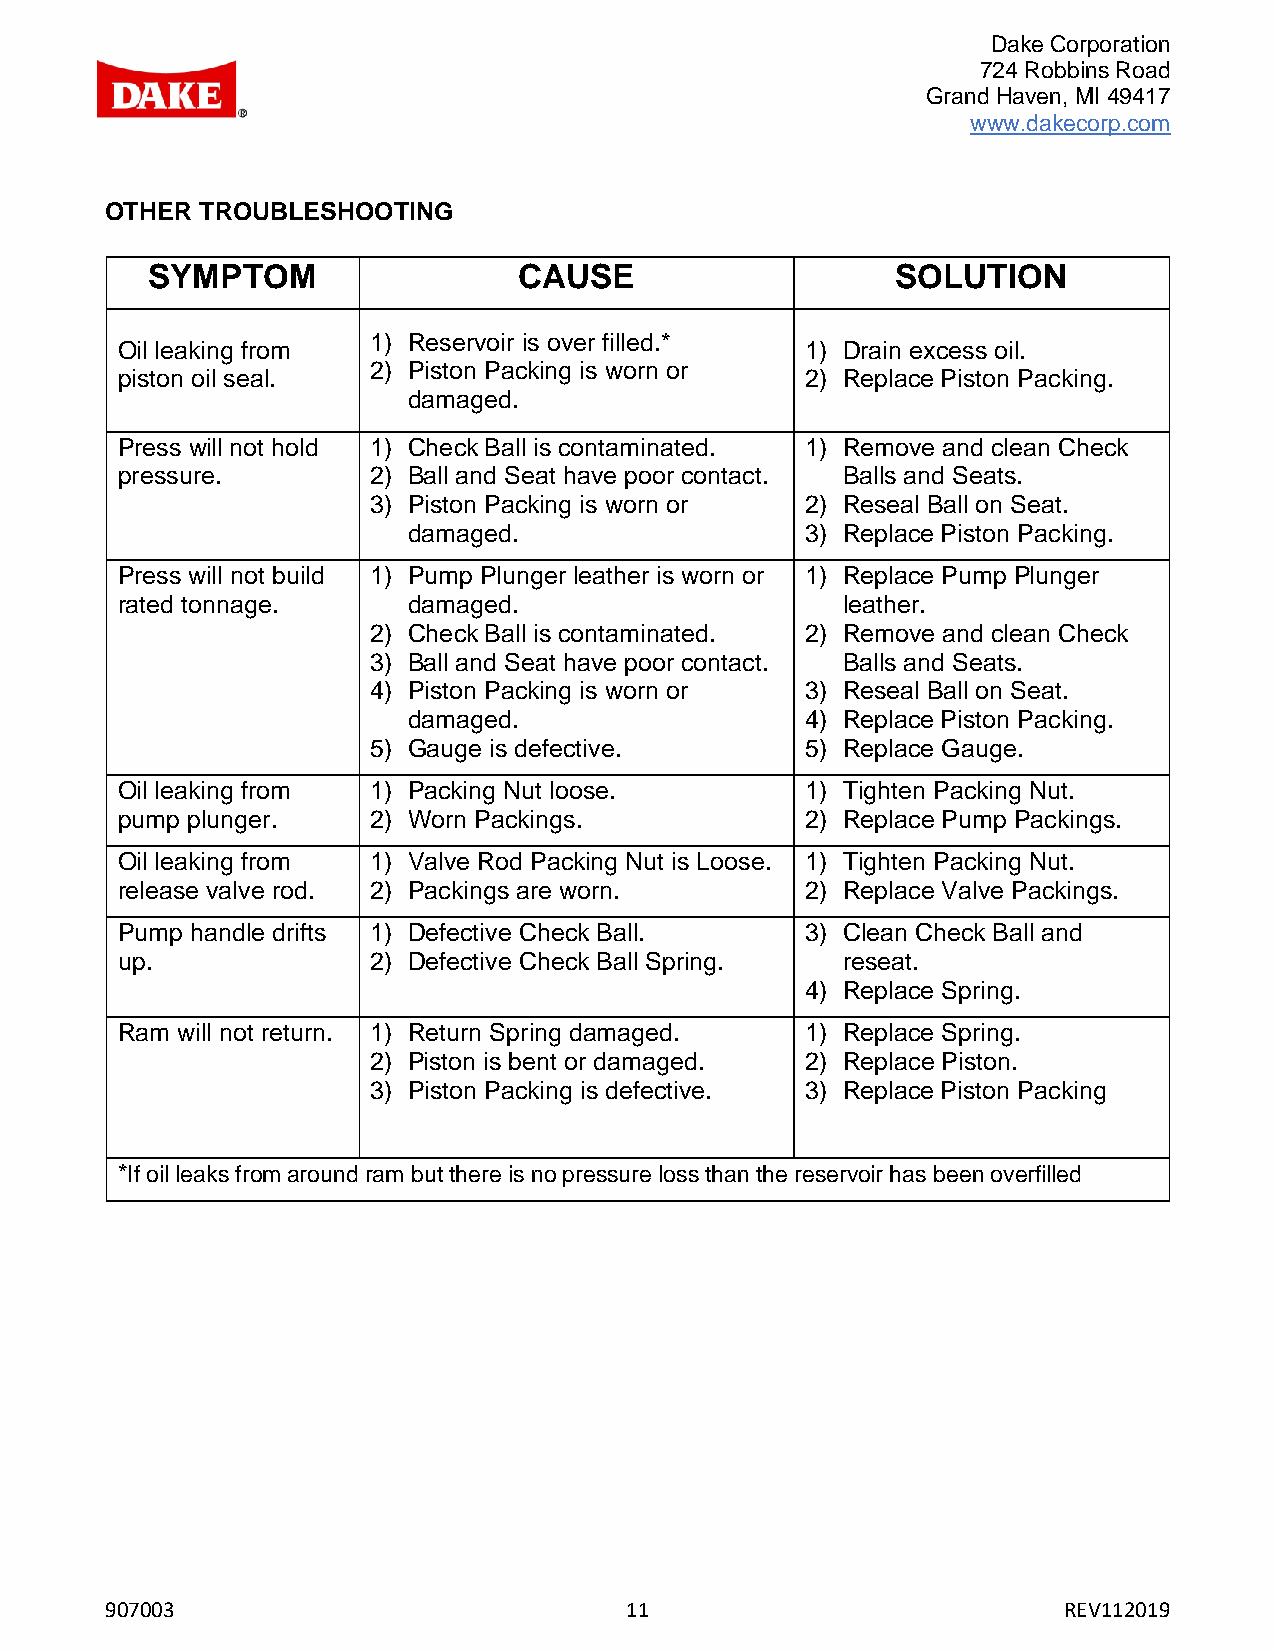
Dake Corporation
 724 Robbins Road
 Grand Haven, MI 49417
 www.dakecorp.com
 OTHER TROUBLESHOOTING
 SYMPTOM                 CAUSE                    SOLUTION
 1) Reservoir is over filled.*
 Oil leaking from                             1) Drain excess oil.
 2) Piston Packing is worn or
 piston oil seal.                             2) Replace Piston Packing.
 damaged.
 Press will not hold 1) Check Ball is contaminated. 1) Remove and clean Check
 pressure.       2) Ball and Seat have poor contact. Balls and Seats.
 3) Piston Packing is worn or 2) Reseal Ball on Seat.
 damaged.                  3) Replace Piston Packing.
 Press will not build 1) Pump Plunger leather is worn or 1) Replace Pump Plunger
 rated tonnage.     damaged.                     leather.
 2) Check Ball is contaminated. 2) Remove and clean Check
 3) Ball and Seat have poor contact. Balls and Seats.
 4) Piston Packing is worn or 3) Reseal Ball on Seat.
 damaged.                  4) Replace Piston Packing.
 5) Gauge is defective.       5) Replace Gauge.
 Oil leaking from 1) Packing Nut loose.       1) Tighten Packing Nut.
 pump plunger.   2) Worn Packings.            2) Replace Pump Packings.
 Oil leaking from 1) Valve Rod Packing Nut is Loose. 1) Tighten Packing Nut.
 release valve rod. 2) Packings are worn.     2) Replace Valve Packings.
 Pump handle drifts 1) Defective Check Ball.  3) Clean Check Ball and
 up.             2) Defective Check Ball Spring. reseat.
 4) Replace Spring.
 Ram will not return. 1) Return Spring damaged. 1) Replace Spring.
 2) Piston is bent or damaged. 2) Replace Piston.
 3) Piston Packing is defective. 3) Replace Piston Packing
 *If oil leaks from around ram but there is no pressure loss than the reservoir has been overfilled
 907003                            11                           REV112019